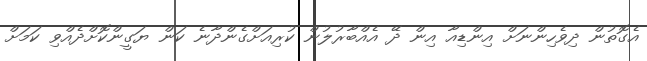
އެގޮތުން ދިވެހިންނަށް އިންޑިއާ އިން ދޭ އެއްބާރުލުން ކުރިއަށްގެންދާނެ ކަން ޔަގީންކޮށްދެއްވި ކަމަށް